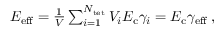
\begin{array} { r } { E _ { \mathrm { e f f } } = \frac { 1 } { V } \sum _ { i = 1 } ^ { N _ { \mathrm { t e t } } } V _ { i } E _ { \mathrm { c } } \gamma _ { i } = E _ { \mathrm { c } } \gamma _ { \mathrm { e f f } } \: , } \end{array}